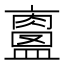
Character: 𥃀